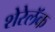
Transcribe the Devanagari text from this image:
शेरेलॅक